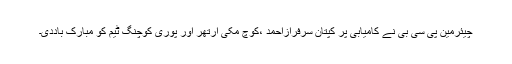
چیئرمین پی سی بی نے کامیابی پر کپتان سرفرازاحمد ،کوچ مکی آرتھر اور پوری کوچنگ ٹیم کو مبارک باددی۔